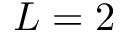
L = 2